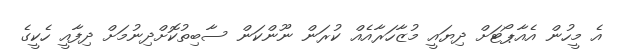
އެ މީހުން އެއާޕޯޓަށް ދިޔައީ މުޒާހަރާއެއް ކުރަން ނޫންކަން ސާބިތުކޮށްދިނުމަށް ދިފާއީ ހެކީގެ